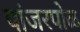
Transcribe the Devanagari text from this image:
पांजरपोळ